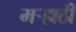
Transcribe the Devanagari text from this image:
मर्‍हाठी